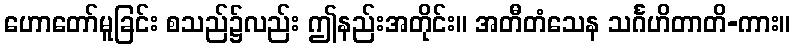
ဟောတော်မူခြင်း စသည်၌လည်း ဤနည်းအတိုင်း။ အတီတံသေန သင်္ဂဟိတာတိ-ကား။